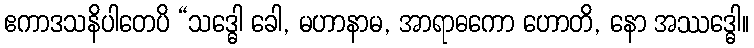
ဧကာဒသနိပါတေပိ “သဒ္ဓေါ ခေါ, မဟာနာမ, အာရာဓကော ဟောတိ, နော အဿဒ္ဓေါ။